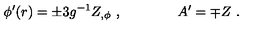
\phi ^ { \prime } ( r ) = \pm 3 g ^ { - 1 } Z _ { , \phi } \ , \qquad \qquad A ^ { \prime } = \mp Z \ .